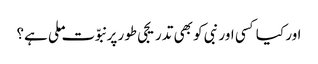
اور کیا کسی اور نبی کو بھی تدریجی طور پر نبوّت ملی ہے؟